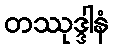
တဿုဒ္ဒါနံ